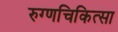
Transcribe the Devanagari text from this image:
रुग्णचिकित्सा